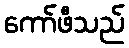
ကော်ဖီသည်